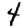
Digit: 4